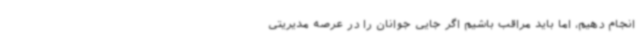
انجام دهیم، اما باید مراقب باشیم اگر جایی جوانان را در عرصه مدیریتی